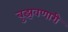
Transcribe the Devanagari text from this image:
बुझवणारी